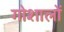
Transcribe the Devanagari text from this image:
गोशालों